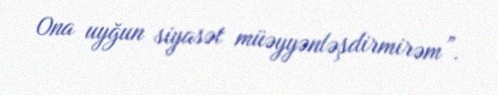
Ona uyğun siyasət müəyyənləşdirmirəm”.